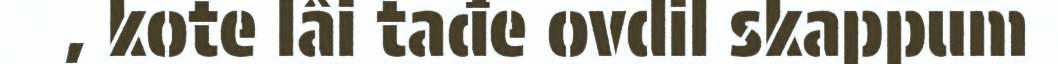
, kote lâi tađe ovdil skappum